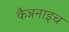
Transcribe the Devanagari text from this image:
कैन्ननाइच